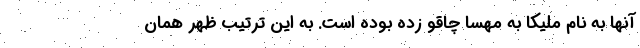
آنها به نام ملیکا به مهسا چاقو زده بوده است. به این ترتیب ظهر همان